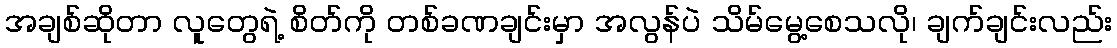
အချစ်ဆိုတာ လူတွေရဲ့ စိတ်ကို တစ်ခဏချင်းမှာ အလွန်ပဲ သိမ်မွေ့စေသလို၊ ချက်ချင်းလည်း